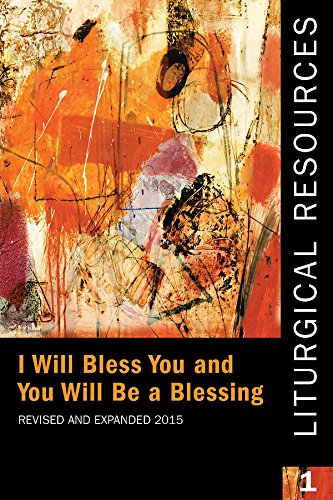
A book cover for Liturgical Resources 1 Revised and Expanded: I will Bless You and You Will Be a Blessing; Standing Commission on Liturgy and Music; Christian Books & Bibles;